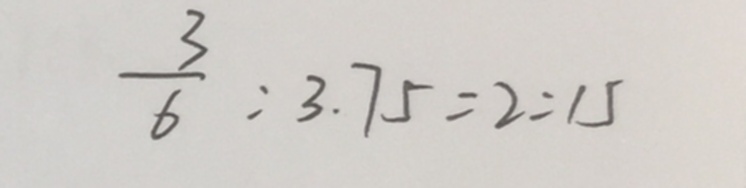
\frac { 3 } { 6 } : 3 . 7 5 = 2 : 1 5